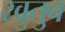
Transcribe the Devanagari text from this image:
खुतुब